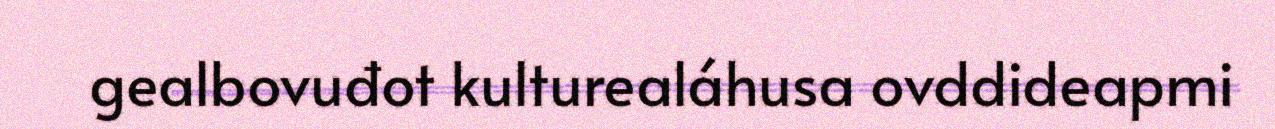
gealbovuđot kulturealáhusa ovddideapmi